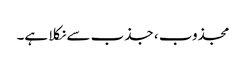
مجذوب ، جذب سے نکلا ہے۔